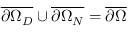
\overline { { \partial \Omega _ { D } } } \cup \overline { { \partial \Omega _ { N } } } = \overline { { \partial \Omega } }